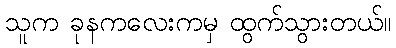
သူက ခုနကလေးကမှ ထွက်သွားတယ်။